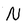
Character: N